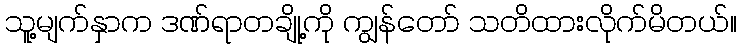
သူ့မျက်နှာက ဒဏ်ရာတချို့ကို ကျွန်တော် သတိထားလိုက်မိတယ်။